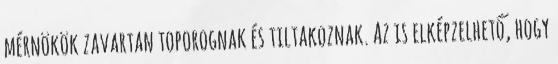
mérnökök zavartan toporognak és tiltakoznak. Az is elképzelhető, hogy